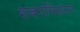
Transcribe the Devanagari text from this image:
शबनमिस्तान